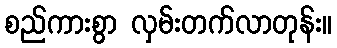
စည်ကားစွာ လှမ်းတက်လာတုန်း။